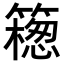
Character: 𥵅